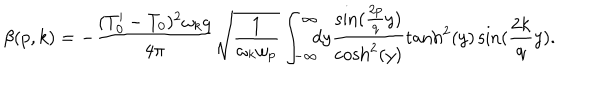
LaTeX: \beta ( p , k ) = - \frac { ( T _ { 0 } ^ { \prime } - T _ { 0 } ) ^ { 2 } \omega _ { k } q } { 4 \pi } \sqrt { \frac { 1 } { \omega _ { k } \omega _ { p } } } \int _ { - \infty } ^ { \infty } \! \! \! d y \frac { \sin ( \frac { 2 p } { q } y ) } { \mathrm { c o s h } ^ { 2 } ( y ) } \tanh ^ { 2 } ( y ) \sin ( \frac { 2 k } { q } y ) .